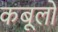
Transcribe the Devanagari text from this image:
कबूलो